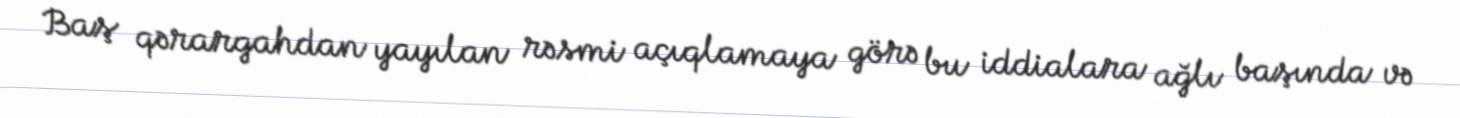
Baş qərargahdan yayılan rəsmi açıqlamaya görə bu iddialara ağlı başında və